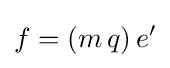
f=(m\,q)\,e'